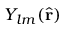
Y _ { l m } ( \hat { \mathbf { r } } )